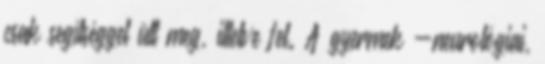
csak segítséggel ült meg, illetve fel. A gyermek -neurológiai,